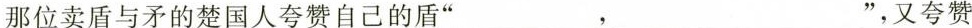
那位卖盾与矛的楚国人夸赞自己的盾”___，___”，又夸赞